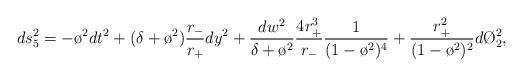
LaTeX: \begin{align*}ds_5^2=-\o^2dt^2 + (\delta+\o^2)\frac{r_-}{r_+}dy^2 +\frac{dw^2}{\delta+\o^2}\frac{4r_+^3}{r_-}\frac{1}{(1-\o^2)^4}+\frac{r_+^2}{(1-\o^2)^2}d\O_2^2,\end{align*}